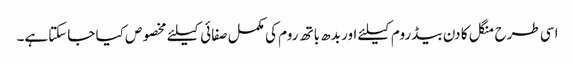
اسی طرح منگل کا دن بیڈ روم کیلئے اور بدھ باتھ روم کی مکمل صفائی کیلئے مخصوص کیا جاسکتاہے۔